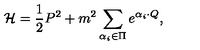
{ \cal H } = { \frac { 1 } { 2 } } P ^ { 2 } + m ^ { 2 } \sum _ { \alpha _ { i } \in \Pi } e ^ { \alpha _ { i } \cdot Q } ,